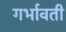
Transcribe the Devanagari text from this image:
गर्भावती